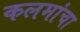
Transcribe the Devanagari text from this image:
कलमांचा